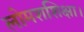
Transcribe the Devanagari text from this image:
लोमशशिक्षा।